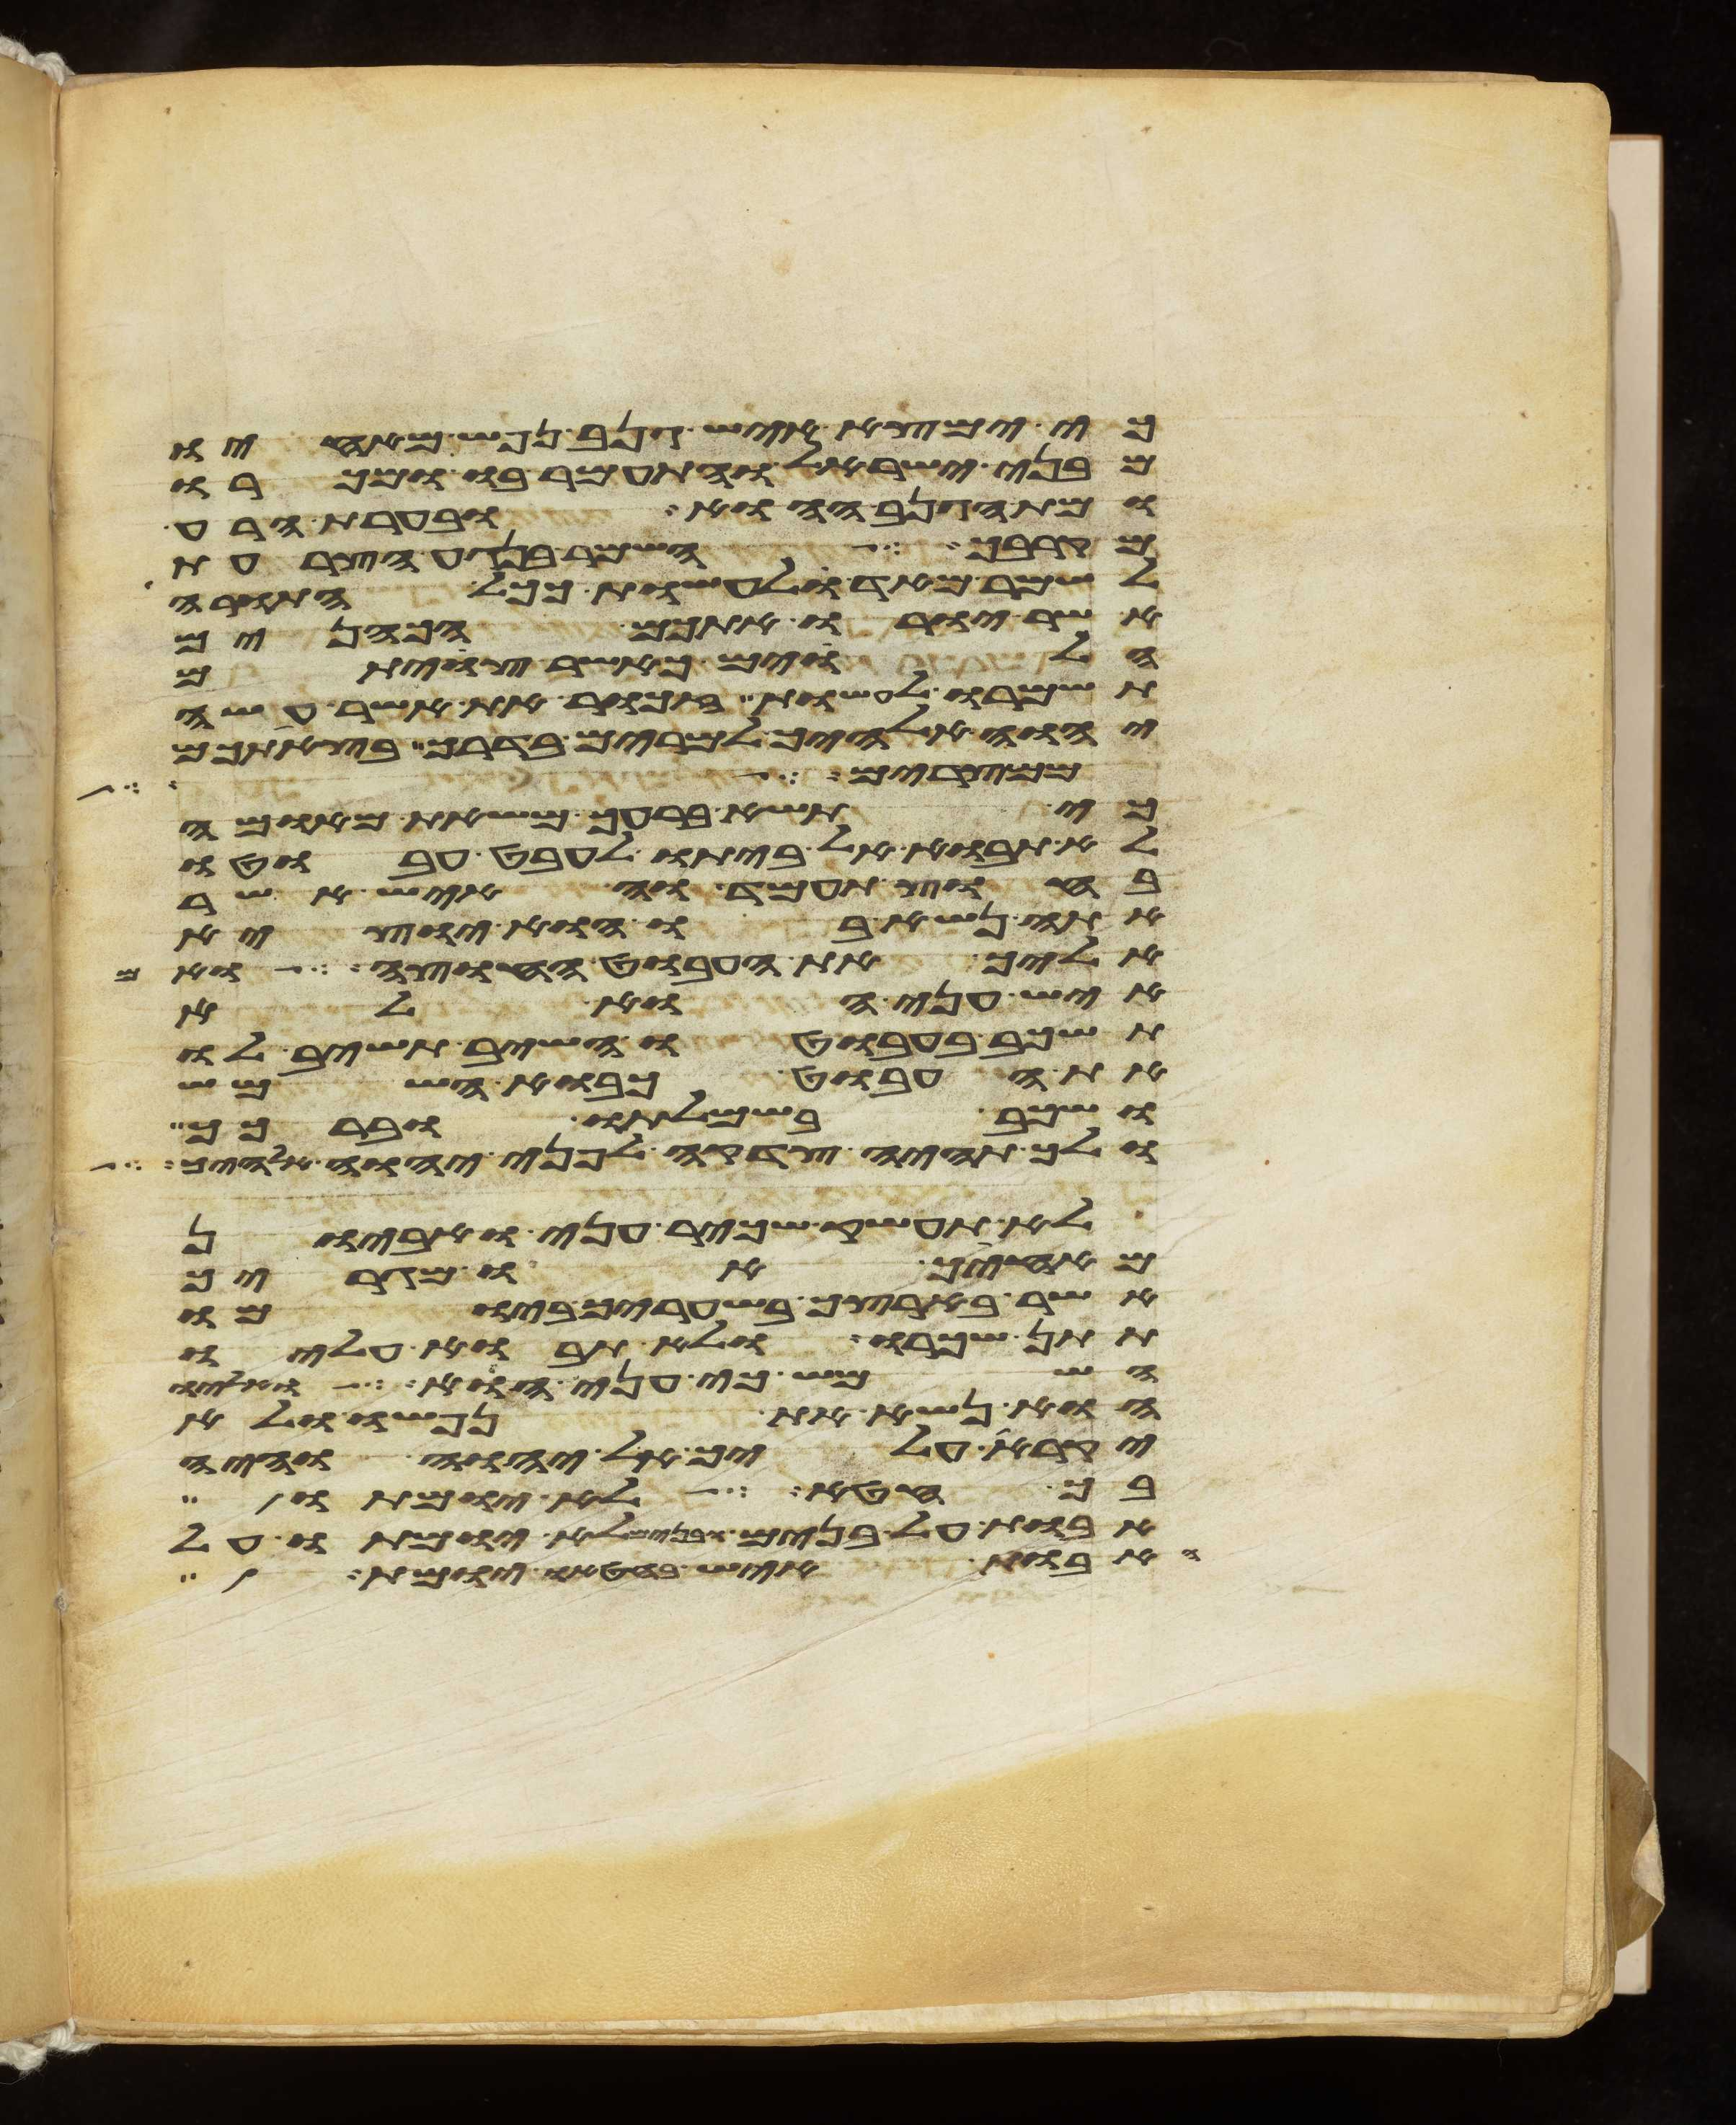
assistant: כי ימצא איש גנב נפש מאחיו
מבני ישראל והתעמר בו ומכרו
ומת הגנב ההוא ובערת הרע
מקרבך השמר בנגע הצרעת
לשמר מאד לעשות ככל התורה
אשר יורו אתכם הכהנים
הלוים כאשר צויתם
תשמרו לעשות זכור את אשר עשה
יהוה אלהיך למרים בדרך בצאתכם
מפרי עץ הגן
כי תשא ברעך משאת מאומה
לא תבוא אל ביתו לעבט עבוטו
בחוץ תעמד והאיש אשר
אתה נשא בו הוא יוצא
אליך את העבוט החוצה ואם
איש עני הוא לא
תשכב בעבוטו השב תשיב לו
את העבוט כבוא השמש
ושכב בשמלתו וברכך
ולך תהיה צדקה לפני יהוה אלהיך
לא תעשק שכיר עני ואביון
מאחיך או מגרך
אשר בארצך בשעריך ביומו
תתן שכרו ולא תבוא עליו
השמש כי עני הוא ואליו
הוא נשא את נפשו ולא
יקרא עליך אל יהוה והיה
בך חטא לא יומתו
אבות על בנים ובנים לא יומתו על
האבות איש בחטאו יומת